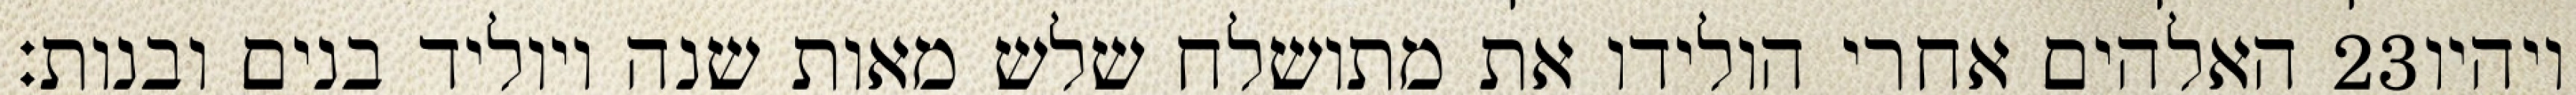
האלהים אחרי הולידו את מתושלח שלש מאות שנה ויוליד בנים ובנות׃ ‎23‏ ויהיו